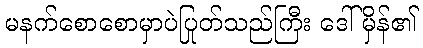
မနက်စောစောမှာပဲပြုတ်သည်ကြီး ဒေါ်မှိန်၏